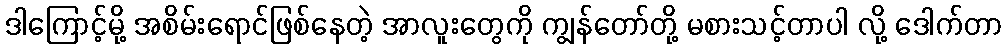
ဒါကြောင့်မို့ အစိမ်းရောင်ဖြစ်နေတဲ့ အာလူးတွေကို ကျွန်တော်တို့ မစားသင့်တာပါ လို့ ဒေါက်တာ